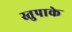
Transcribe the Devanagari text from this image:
स्तुपाके